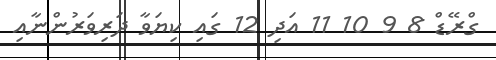
ގްރޭޑް 8 9 10 11 އަދި 12 ގައި ކިޔަވާ ދަރިވަރުންނާއި